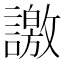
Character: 譤